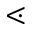
\lessdot